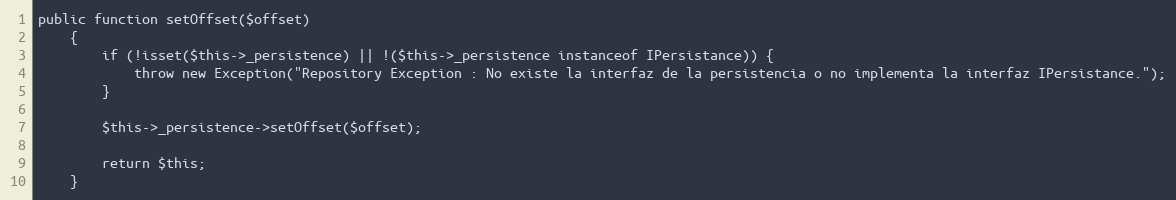
Language: PHP
public function setOffset($offset)
    {
        if (!isset($this->_persistence) || !($this->_persistence instanceof IPersistance)) {
            throw new Exception("Repository Exception : No existe la interfaz de la persistencia o no implementa la interfaz IPersistance.");
        }

        $this->_persistence->setOffset($offset);

        return $this;
    }